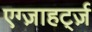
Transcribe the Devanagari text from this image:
एग्ज़ाहर्ट्ज़